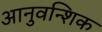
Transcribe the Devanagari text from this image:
आनुवन्शिक